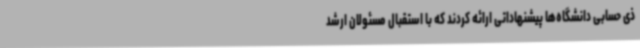
ذی حسابی دانشگاه‌ها پیشنهاداتی ارائه کردند که با استقبال مسئولان ارشد